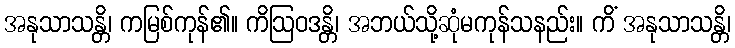
အနုသာသန္တိ၊ ကမြစ်ကုန်၏။ ကိဩဝဒန္တိ၊ အဘယ်သို့ဆုံမကုန်သနည်း။ ကိံ အနုသာသန္တိ၊